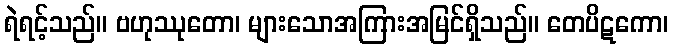
ရဲရင့်သည်။ ဗဟုဿုတော၊ များသောအကြားအမြင်ရှိသည်။ တေပိဋကော၊